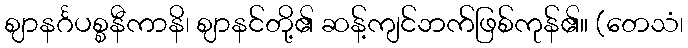
ဈာနင်္ဂပစ္စနီကာနိ၊ ဈာနင်တို့၏ ဆန့်ကျင်ဘက်ဖြစ်ကုန်၏။ (တေသံ၊